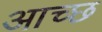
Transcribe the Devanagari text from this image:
आच्छ